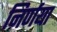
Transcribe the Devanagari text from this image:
निर्णया